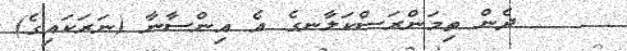
٥     ދެން ތިމަންރަސްކަލާނގެ އެ އިންސާނާ (ނަރަކައިގެ)